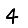
Digit: 4